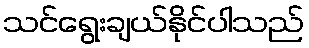
သင်ရွေးချယ်နိုင်ပါသည်